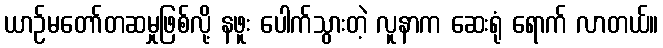
ယာဉ်မတော်တဆမှုဖြစ်လို့ နဖူး ပေါက်သွားတဲ့ လူနာက ဆေးရုံ ရောက် လာတယ်။